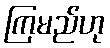
ကြမည်ဟု